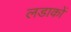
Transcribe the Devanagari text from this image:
लडाकों